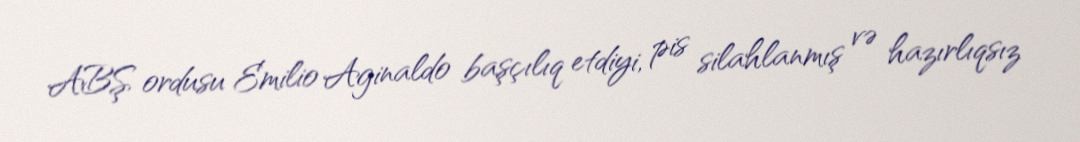
ABŞ ordusu Emilio Aginaldo başçılıq etdiyi, pis silahlanmış və hazırlıqsız